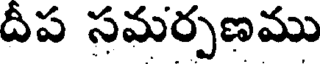
దీప సమర్పణము